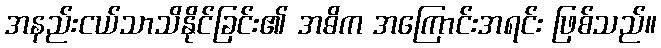
အနည်းငယ်သာသိနိုင်ခြင်း၏ အဓိက အကြောင်းအရင်း ဖြစ်သည်။